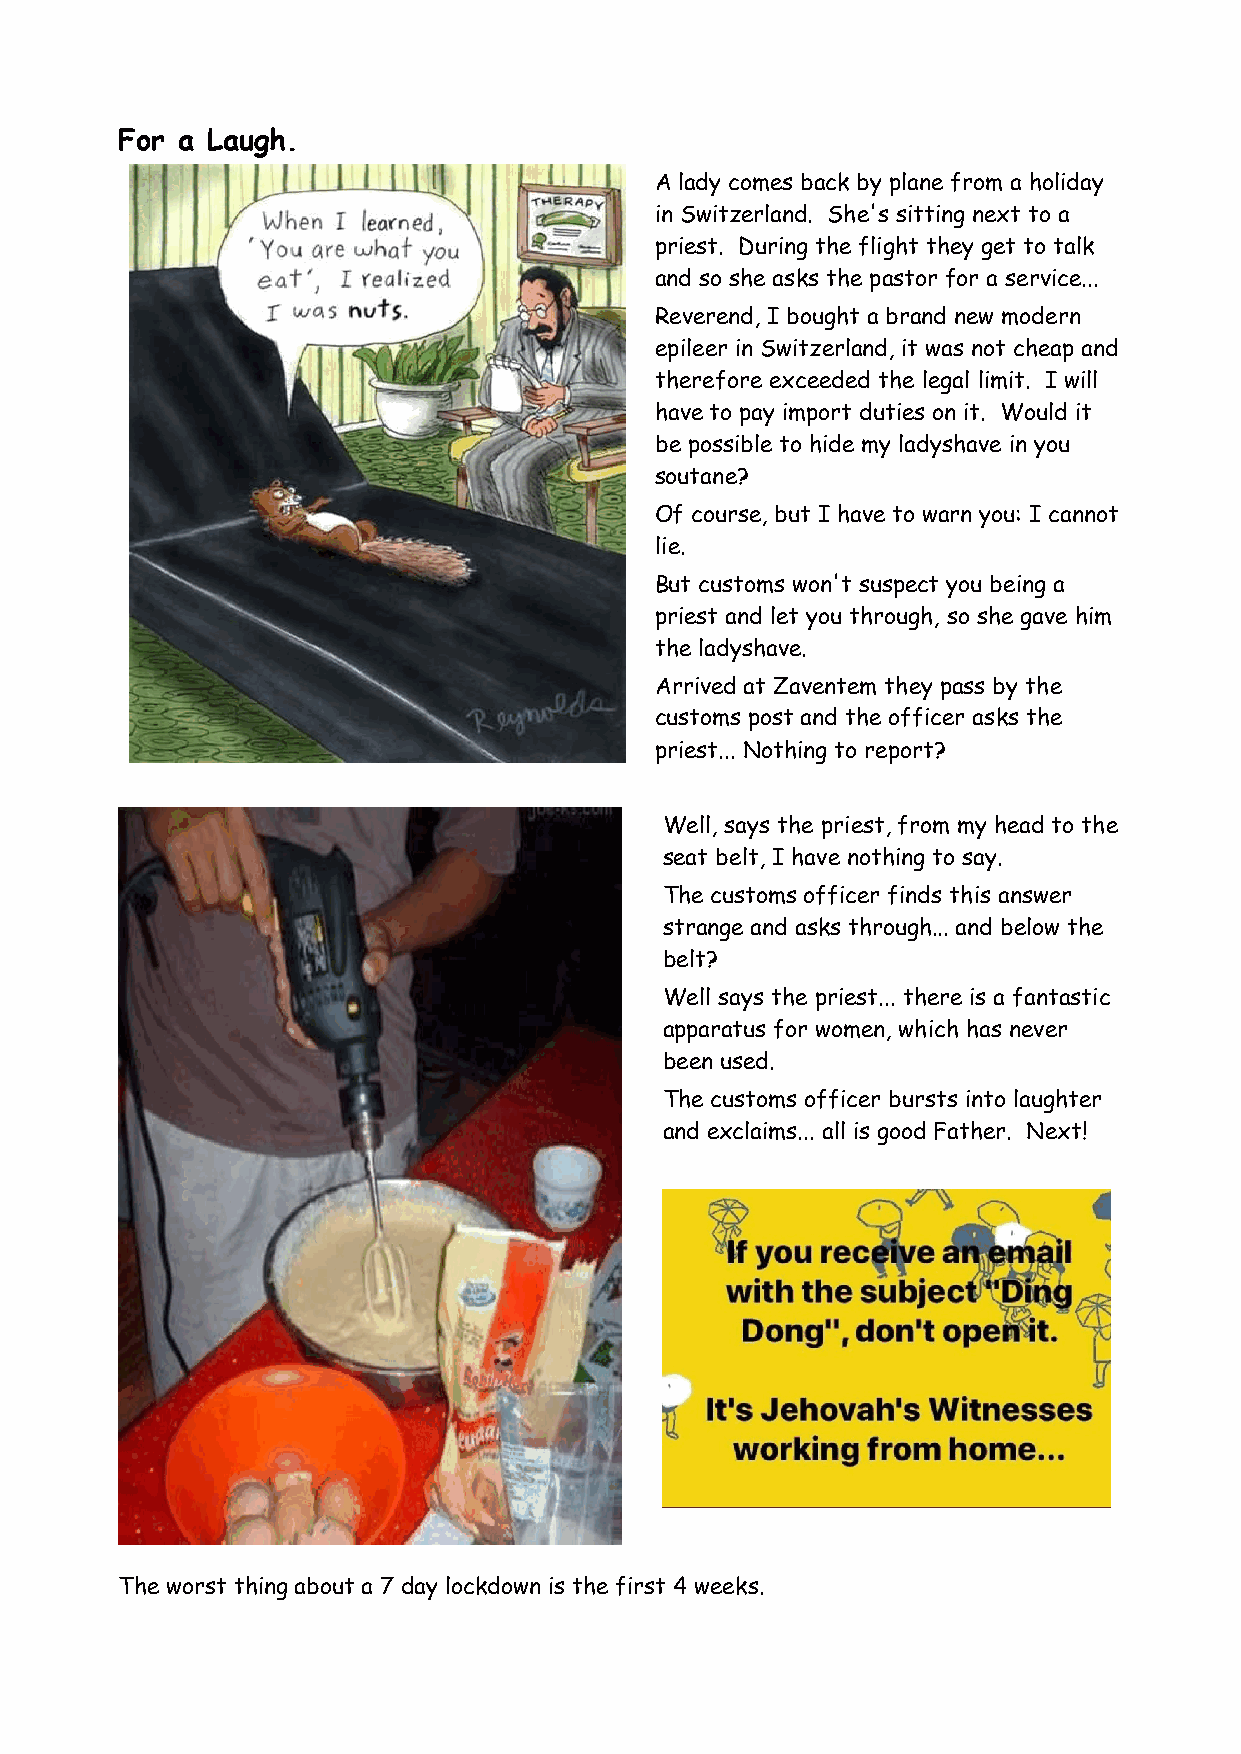
For a Laugh.
 A lady comes back by plane from a holiday
 in Switzerland. She's sitting next to a
 priest. During the flight they get to talk
 and so she asks the pastor for a service...
 Reverend, I bought a brand new modern
 epileer in Switzerland, it was not cheap and
 therefore exceeded the legal limit. I will
 have to pay import duties on it. Would it
 be possible to hide my ladyshave in you
 soutane?
 Of course, but I have to warn you: I cannot
 lie.
 But customs won't suspect you being a
 priest and let you through, so she gave him
 the ladyshave.
 Arrived at Zaventem they pass by the
 customs post and the officer asks the
 priest... Nothing to report?
 Well, says the priest, from my head to the
 seat belt, I have nothing to say.
 The customs officer finds this answer
 strange and asks through... and below the
 belt?
 Well says the priest... there is a fantastic
 apparatus for women, which has never
 been used.
 The customs officer bursts into laughter
 and exclaims... all is good Father. Next!
 The worst thing about a 7 day lockdown is the first 4 weeks.